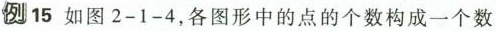
例15如图2-1-4，各图形中的点的个数构成一个数